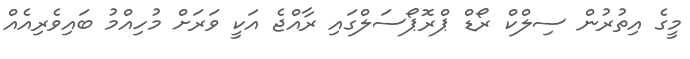
މީގެ އިތުރުން ސިލްކް ރޯޑް ޕްރޮޕޯސަލްގައި ރާއްޖެ އަކީ ވަރަށް މުހިއްމު ބައިވެރިއެއް